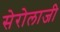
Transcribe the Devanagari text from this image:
सेरोलाजी